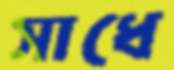
সাধে